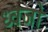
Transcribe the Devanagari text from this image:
ध्वजो